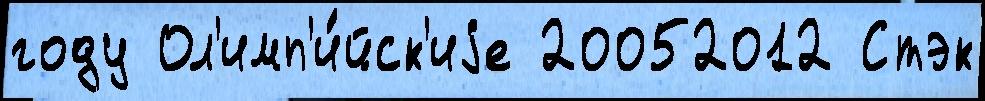
году Ол'имп'и́йск'иjе 20052012 Стэк